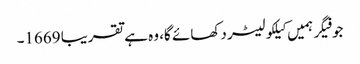
جو فیگر ہمیں کیلکولیٹر دکھائے گا، وہ ہے تقریبا 1669۔